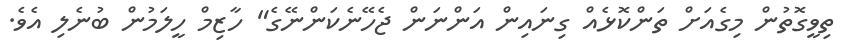
ތިވީގޮތުން މިގެއަށް ތަންކޮޅެއް ގިނައިން އަންނަން ޖެހޭނެކަންނޭގެ" ހާޒިމް ހީލަމުން ބުނެލި އެވެ.